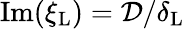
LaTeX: \mathrm{Im}({\xi_{\mathrm{L}}})=\mathcal{D}/\delta_{\mathrm{L}}